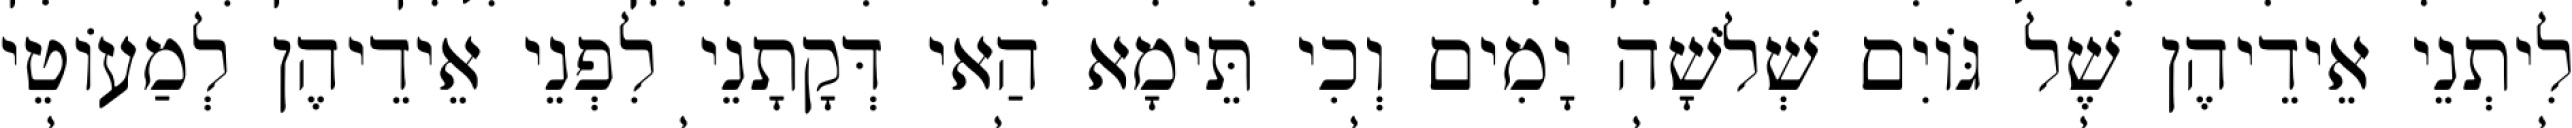
לִיתְנֵי אֵידֵיהֶן שֶׁל גּוֹיִם שְׁלֹשָׁה יָמִים וְכִי תֵּימָא הַאי דְּקָתָנֵי לִפְנֵי אֵידֵיהֶן לְמַעוֹטֵי